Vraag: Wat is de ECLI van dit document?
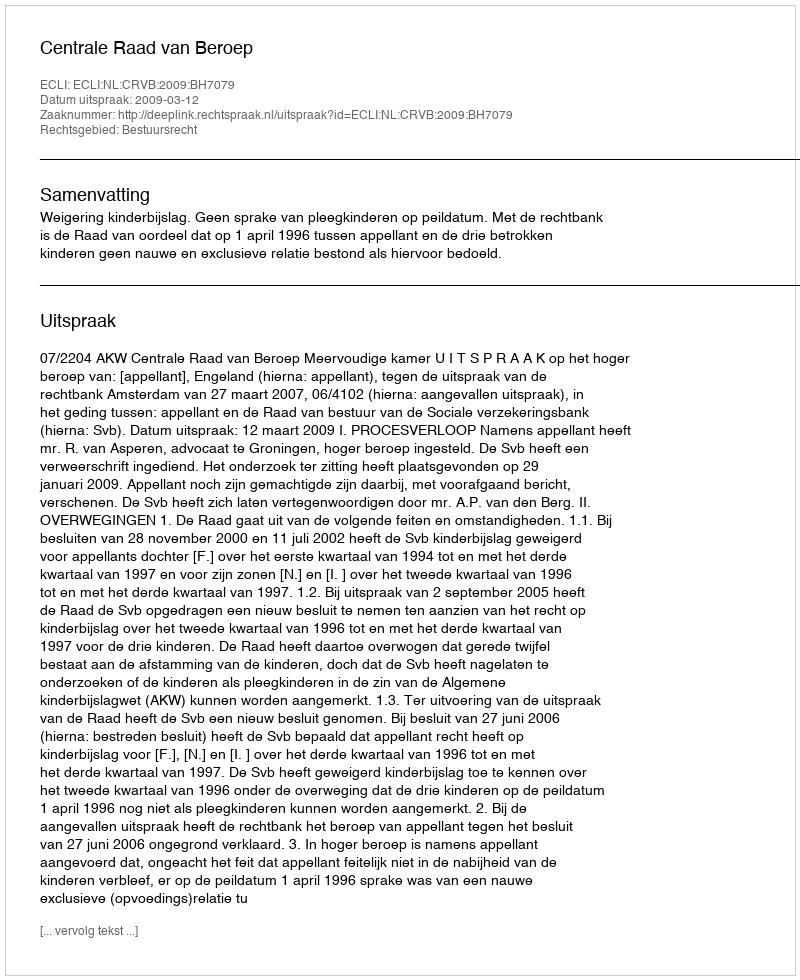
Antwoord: ECLI:NL:CRVB:2009:BH7079